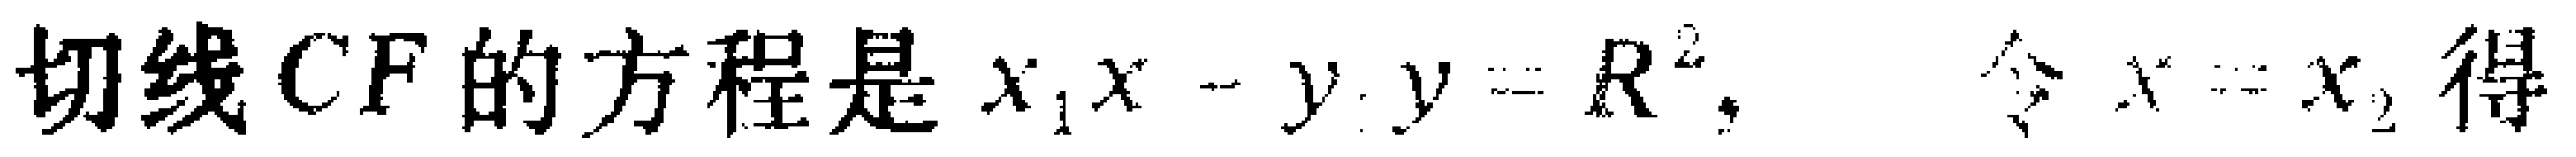
切线$CF$的方程是$x_{1}x - y_{1}y = R^{2}$，令$x = x_{2}$得